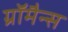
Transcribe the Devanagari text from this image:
ग्रॉमैन्स